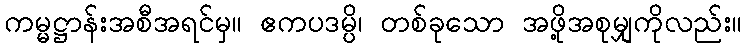
ကမ္မဋ္ဌာန်းအစီအရင်မှ။ ဧကပဒမ္ပိ၊ တစ်ခုသော အဖို့အစုမျှကိုလည်း။